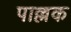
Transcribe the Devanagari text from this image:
पाल्लक